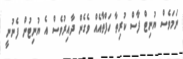
ނަމަވެސް ޔުނިޓް ފާސް ކުރިތާ ހަފްތާއެއް ވެގެން ދާއިރުވެސް އެ ޔުނިޓުން ފެނުނީ